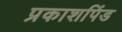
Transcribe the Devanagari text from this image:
प्रकाशपिंड